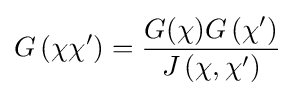
G\left(\chi \chi ^{\prime }\right)={\frac {G(\chi )G\left(\chi ^{\prime }\right)}{J\left(\chi ,\chi ^{\prime }\right)}}